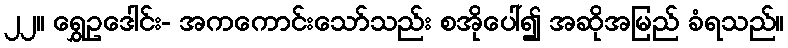
၂၂။ ရွှေဥဒေါင်း- အကကောင်းသော်သည်း စအိုပေါ်၍ အဆိုအမြည် ခံရသည်။